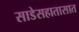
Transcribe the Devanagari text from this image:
साडेसहातासात